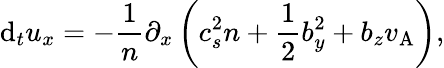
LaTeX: \mathrm{d}_{t}u_{x}=-\frac{1}{n}\partial_{x}\left(c_{s}^{2}n+\frac{1}{2}b_{y}^{2}+b_{z}v_{\mathrm{A}}\right),